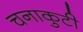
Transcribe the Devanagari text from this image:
चनाकुटी